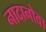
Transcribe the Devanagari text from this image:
नादानोवा